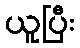
ယူပြီး